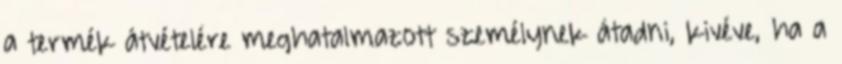
a termék átvételére meghatalmazott személynek átadni, kivéve, ha a